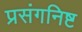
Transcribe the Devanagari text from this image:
प्रसंगनिष्ट